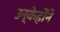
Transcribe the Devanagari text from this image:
उन्केहोंने